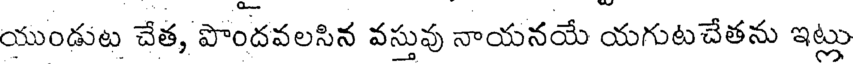
యుండుట చేత, పొందవలసిన వస్తువు నాయనయే యగుటచేతను ఇట్లు